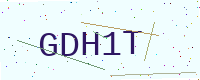
Text: GDH1T